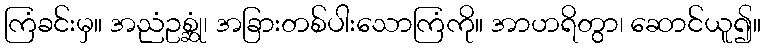
ကြံခင်းမှ။ အညံဥစ္ဆုံ၊ အခြားတစ်ပါးသောကြံကို။ အာဟရိတွာ၊ ဆောင်ယူ၍။